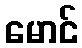
မောင်